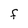
Character: F